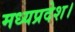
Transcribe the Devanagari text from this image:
मध्‍यप्रदेश।